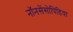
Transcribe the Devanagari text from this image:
नॉनसेंसोपिडिया